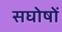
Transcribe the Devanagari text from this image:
सघोषों